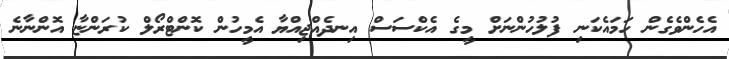
އެހެންވެގެން ހަމައެކަނި ފުލުހުންނަށް މީގެ އެކްސަސް އިނދެއްޖިއްޔާ އެމީހުން ކޮންޓްރޯލް ކުރަންޏާ އޮންނާނެ